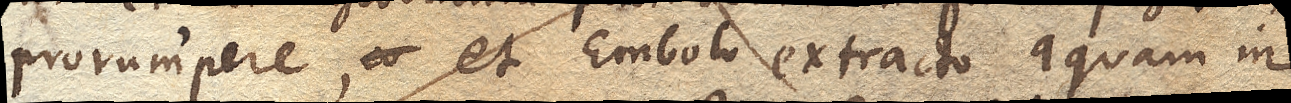
prorumpere, et Embolo extracto aquam in